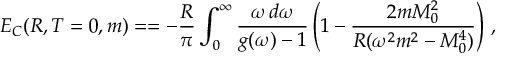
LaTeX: \epsilon = \hat { \Gamma } _ { 0 1 2 3 4 5 } \epsilon = \hat { \Gamma } _ { 0 1 2 3 4 5 } \hat { \Gamma } _ { 0 1 2 3 6 7 } \epsilon = - \hat { \Gamma } _ { 4 5 6 7 } \epsilon